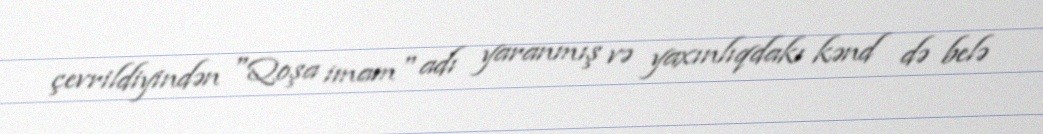
çevrildiyindən "Qoşa imam" adı yaranmış və yaxınlıqdakı kənd də belə